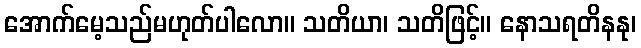
အောက်မေ့သည်မဟုတ်ပါလော။ သတိယာ၊ သတိဖြင့်။ နောသရတိနနု၊